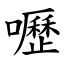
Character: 嚦